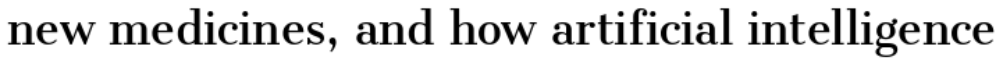
new medicines, and how artificial intelligence